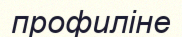
профиліне